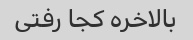
بالاخره کجا رفتی